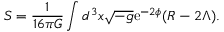
S = \frac { 1 } { 1 6 \pi G } \int d ^ { 3 } x \sqrt { - g } \mathrm { { e } } ^ { - 2 \phi } ( R - 2 \Lambda ) .